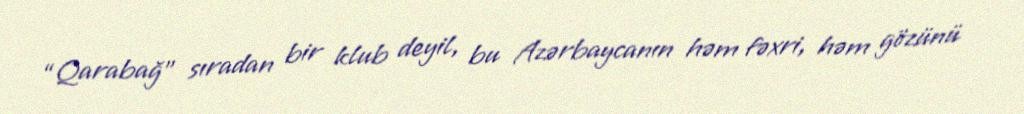
“Qarabağ” sıradan bir klub deyil, bu Azərbaycanın həm fəxri, həm gözünü